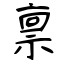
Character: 禀